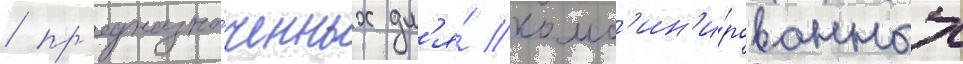
/ пр'едназна́ченных дл'я́ комб'ин'и́рованных